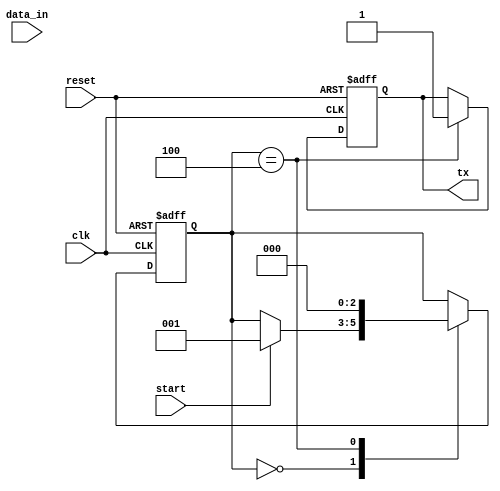
module uart_transmitter (
    input clk,
    input reset,
    input start,
    input [7:0] data_in,
    output tx
);

// Parameters
parameter BAUD_RATE = 9600; // Default baud rate

// Internal signals
reg [2:0] state;
reg [9:0] baud_counter;
reg [7:0] shift_reg;
reg start_bit;
reg stop_bit;
reg [7:0] tx_data;

// Baud rate generator
always @ (posedge clk or posedge reset) begin
    if (reset) begin
        baud_counter <= 0;
    end else begin
        if (baud_counter == BAUD_RATE/2 - 1) begin
            baud_counter <= 0;
        end else begin
            baud_counter <= baud_counter + 1;
        end
    end
end

// State machine
always @ (posedge clk or posedge reset) begin
    if (reset) begin
        state <= 3'b000;
        shift_reg <= 8'b0;
        start_bit <= 0;
        stop_bit <= 1;
    end else begin
        case (state)
            3'b000: begin // Idle state
                if (start) begin
                    state <= 3'b001;
                end
            end
            3'b001: begin // Send start bit
                if (baud_counter == BAUD_RATE/2 - 1) begin
                    state <= 3'b010;
                    start_bit <= 1;
                end
            end
            3'b010: begin // Send data bits
                if (baud_counter == BAUD_RATE/2 - 1) begin
                    state <= 3'b011;
                    shift_reg <= data_in;
                end
            end
            3'b011: begin // Send stop bit
                if (baud_counter == BAUD_RATE/2 - 1) begin
                    state <= 3'b100;
                    stop_bit <= 0;
                end
            end
            3'b100: begin // Finish transmission
                state <= 3'b000;
                start_bit <= 0;
                stop_bit <= 1;
            end
        endcase
    end
end

// Shift register
always @ (posedge clk or posedge reset) begin
    if (reset) begin
        shift_reg <= 8'b0;
    end else begin
        if (state == 3'b010) begin
            shift_reg <= {shift_reg[6:0], start_bit, data_in[7]};
        end
    end
end

// Output logic
assign tx = stop_bit;

endmodule